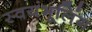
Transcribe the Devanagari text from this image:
स्वयंभूलिंग